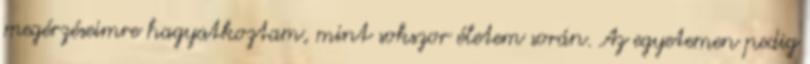
megérzéseimre hagyatkoztam, mint sokszor életem során. Az egyetemen pedig